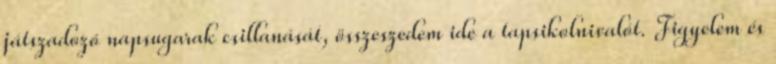
játszadozó napsugarak csillanását, összeszedem ide a tapsikolnivalót. Figyelem és